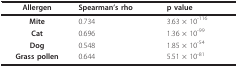
<table><thead><tr><td><b>Allergen</b></td><td><b>Spearman&#x27;s rho</b></td><td><b>p value</b></td></tr></thead><tbody><tr><td><b>Mite</b></td><td>0.734</td><td>3.63 × 10<sup>-116</sup></td></tr><tr><td><b>Cat</b></td><td>0.696</td><td>1.36 × 10<sup>-99</sup></td></tr><tr><td><b>Dog</b></td><td>0.548</td><td>1.85 × 10<sup>-54</sup></td></tr><tr><td><b>Grass pollen</b></td><td>0.644</td><td>5.51 × 10<sup>-81</sup></td></tr></tbody></table>